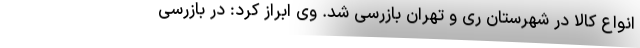
انواع کالا در شهرستان ری و تهران بازرسی شد. وی ابراز کرد: در بازرسی